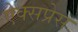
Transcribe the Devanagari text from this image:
ऐक्सप्रेस